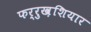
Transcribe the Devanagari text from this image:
फर्रुख़शियार